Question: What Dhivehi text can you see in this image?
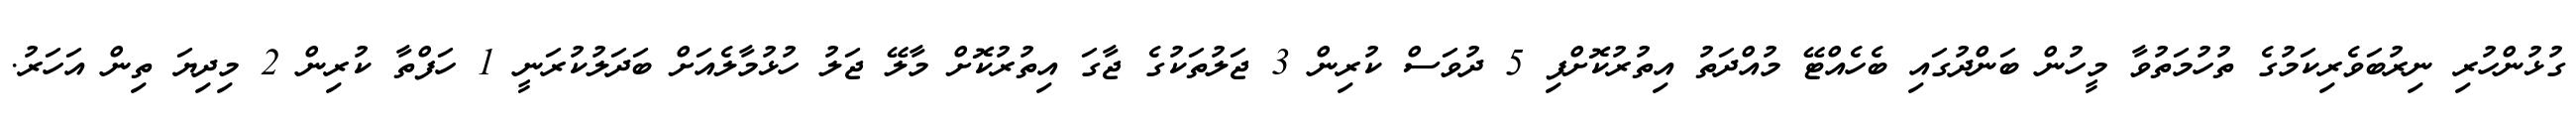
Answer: ގުޅުންހުރި ނިރުބަވެރިކަމުގެ ތުހުމަތުވާ މީހުން ބަންދުގައި ބެހެއްޓޭ މުއްދަތު އިތުރުކޮށްފި 5 ދުވަސް ކުރިން 3 ޖަލުތަކުގެ ޖާގަ އިތުރުކޮށް މާލޭ ޖަލު ހުޅުމާލެއަށް ބަދަލުކުރަނީ 1 ހަފްތާ ކުރިން 2 މިދިޔަ ތިން އަހަރު.